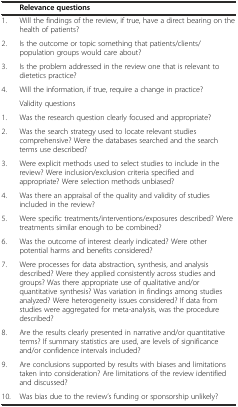
<table><thead><tr><td></td><td><b>Relevance questions</b></td></tr></thead><tbody><tr><td>1.</td><td>Will the findings of the review, if true, have a direct bearing on the health of patients?</td></tr><tr><td>2.</td><td>Is the outcome or topic something that patients/clients/population groups would care about?</td></tr><tr><td>3.</td><td>Is the problem addressed in the review one that is relevant to dietetics practice?</td></tr><tr><td>4.</td><td>Will the information, if true, require a change in practice?</td></tr><tr><td></td><td>Validity questions</td></tr><tr><td>1.</td><td>Was the research question clearly focused and appropriate?</td></tr><tr><td>2.</td><td>Was the search strategy used to locate relevant studies comprehensive? Were the databases searched and the search terms use described?</td></tr><tr><td>3.</td><td>Were explicit methods used to select studies to include in the review? Were inclusion/exclusion criteria specified and appropriate? Were selection methods unbiased?</td></tr><tr><td>4.</td><td>Was there an appraisal of the quality and validity of studies included in the review?</td></tr><tr><td>5.</td><td>Were specific treatments/interventions/exposures described? Were treatments similar enough to be combined?</td></tr><tr><td>6.</td><td>Was the outcome of interest clearly indicated? Were other potential harms and benefits considered?</td></tr><tr><td>7.</td><td>Were processes for data abstraction, synthesis, and analysis described? Were they applied consistently across studies and groups? Was there appropriate use of qualitative and/or quantitative synthesis? Was variation in findings among studies analyzed? Were heterogeneity issues considered? If data from studies were aggregated for meta-analysis, was the procedure described?</td></tr><tr><td>8.</td><td>Are the results clearly presented in narrative and/or quantitative terms? If summary statistics are used, are levels of significance and/or confidence intervals included?</td></tr><tr><td>9.</td><td>Are conclusions supported by results with biases and limitations taken into consideration? Are limitations of the review identified and discussed?</td></tr><tr><td>10.</td><td>Was bias due to the review’s funding or sponsorship unlikely?</td></tr></tbody></table>